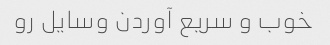
خوب و سریع آوردن وسایل رو